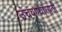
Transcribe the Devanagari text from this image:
उंचवण्यासाठी